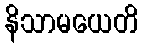
နိသာမယေတိ